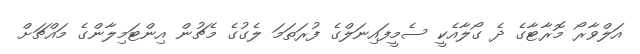
އަލްވާރޯ މޮރާޓާގެ ދެ ގޯލާއެކީ ސެމީފައިނަލްގެ ފުރަތަމަ ލެގުގެ މެޗުން އިންޓަމިލާންގެ މައްޗަށް